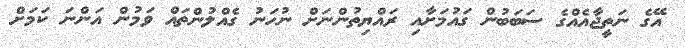
އޭގެ ނަތީޖާއެއްގެ ސަބަބުން ގައުމަށާއި ރައްޔިތުންނަށް ނުހަނު ގެއްލުންތައް ވަމުން އަންނަ ކަމަށް